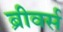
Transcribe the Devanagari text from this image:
ब्रीवर्स